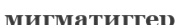
мигматиггер